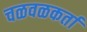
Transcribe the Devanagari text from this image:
चळवळकर्ता